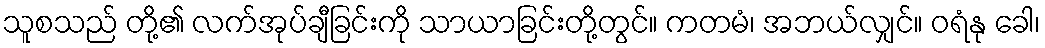
သူစသည် တို့၏ လက်အုပ်ချီခြင်းကို သာယာခြင်းတို့တွင်။ ကတမံ၊ အဘယ်လျှင်။ ဝရံနု ခေါ၊